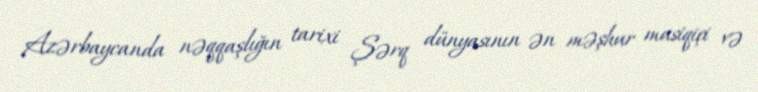
Azərbaycanda nəqqaşlığın tarixi Şərq dünyasının ən məşhur musiqiçi və